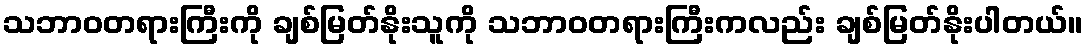
သဘာဝတရားကြီးကို ချစ်မြတ်နိုးသူကို သဘာဝတရားကြီးကလည်း ချစ်မြတ်နိုးပါတယ်။